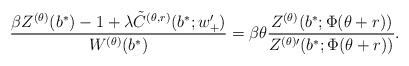
LaTeX: \begin{align*}\dfrac{\beta Z^{(\theta)}(b^*) - 1 + \lambda \tilde{C}^{(\theta,r)}(b^*;w'_{+}) }{W^{(\theta)}(b^*)} = \beta \theta \dfrac{Z^{(\theta)}(b^*;\Phi(\theta+r))}{Z^{(\theta)\prime}(b^*;\Phi(\theta+r))}.\end{align*}